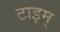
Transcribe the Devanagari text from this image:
टाइम्